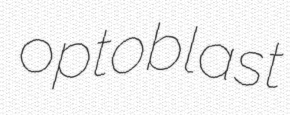
optoblast